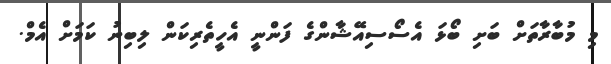
މި މުބާރާތަށް ބަށި ބޯޅަ އެސޯސިއޭޝާންގެ ފަންނީ އެހީތެރިކަން ލިބިނު ކަމަށް އެމް.